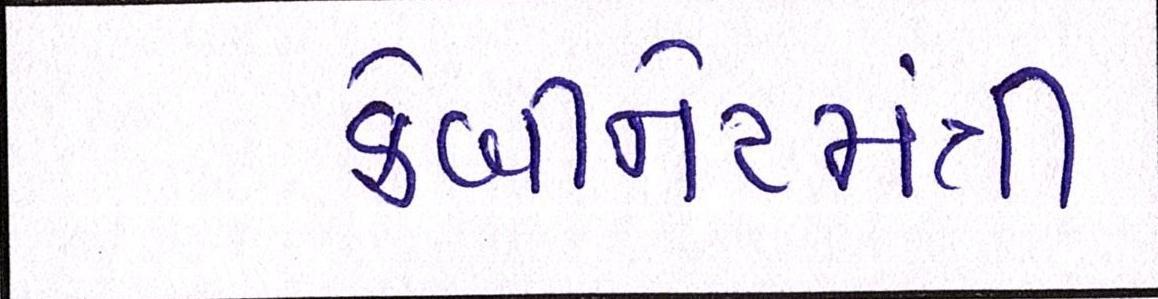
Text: કેબીનેટમંત્રી